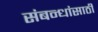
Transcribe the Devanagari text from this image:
संबन्धांसाठी